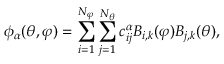
\phi _ { \alpha } ( \theta , \varphi ) = \sum _ { i = 1 } ^ { N _ { \varphi } } \sum _ { j = 1 } ^ { N _ { \theta } } c _ { i j } ^ { \alpha } B _ { i , k } ( \varphi ) B _ { j , k } ( \theta ) ,